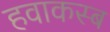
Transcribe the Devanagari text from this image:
हवाकस्‍ब